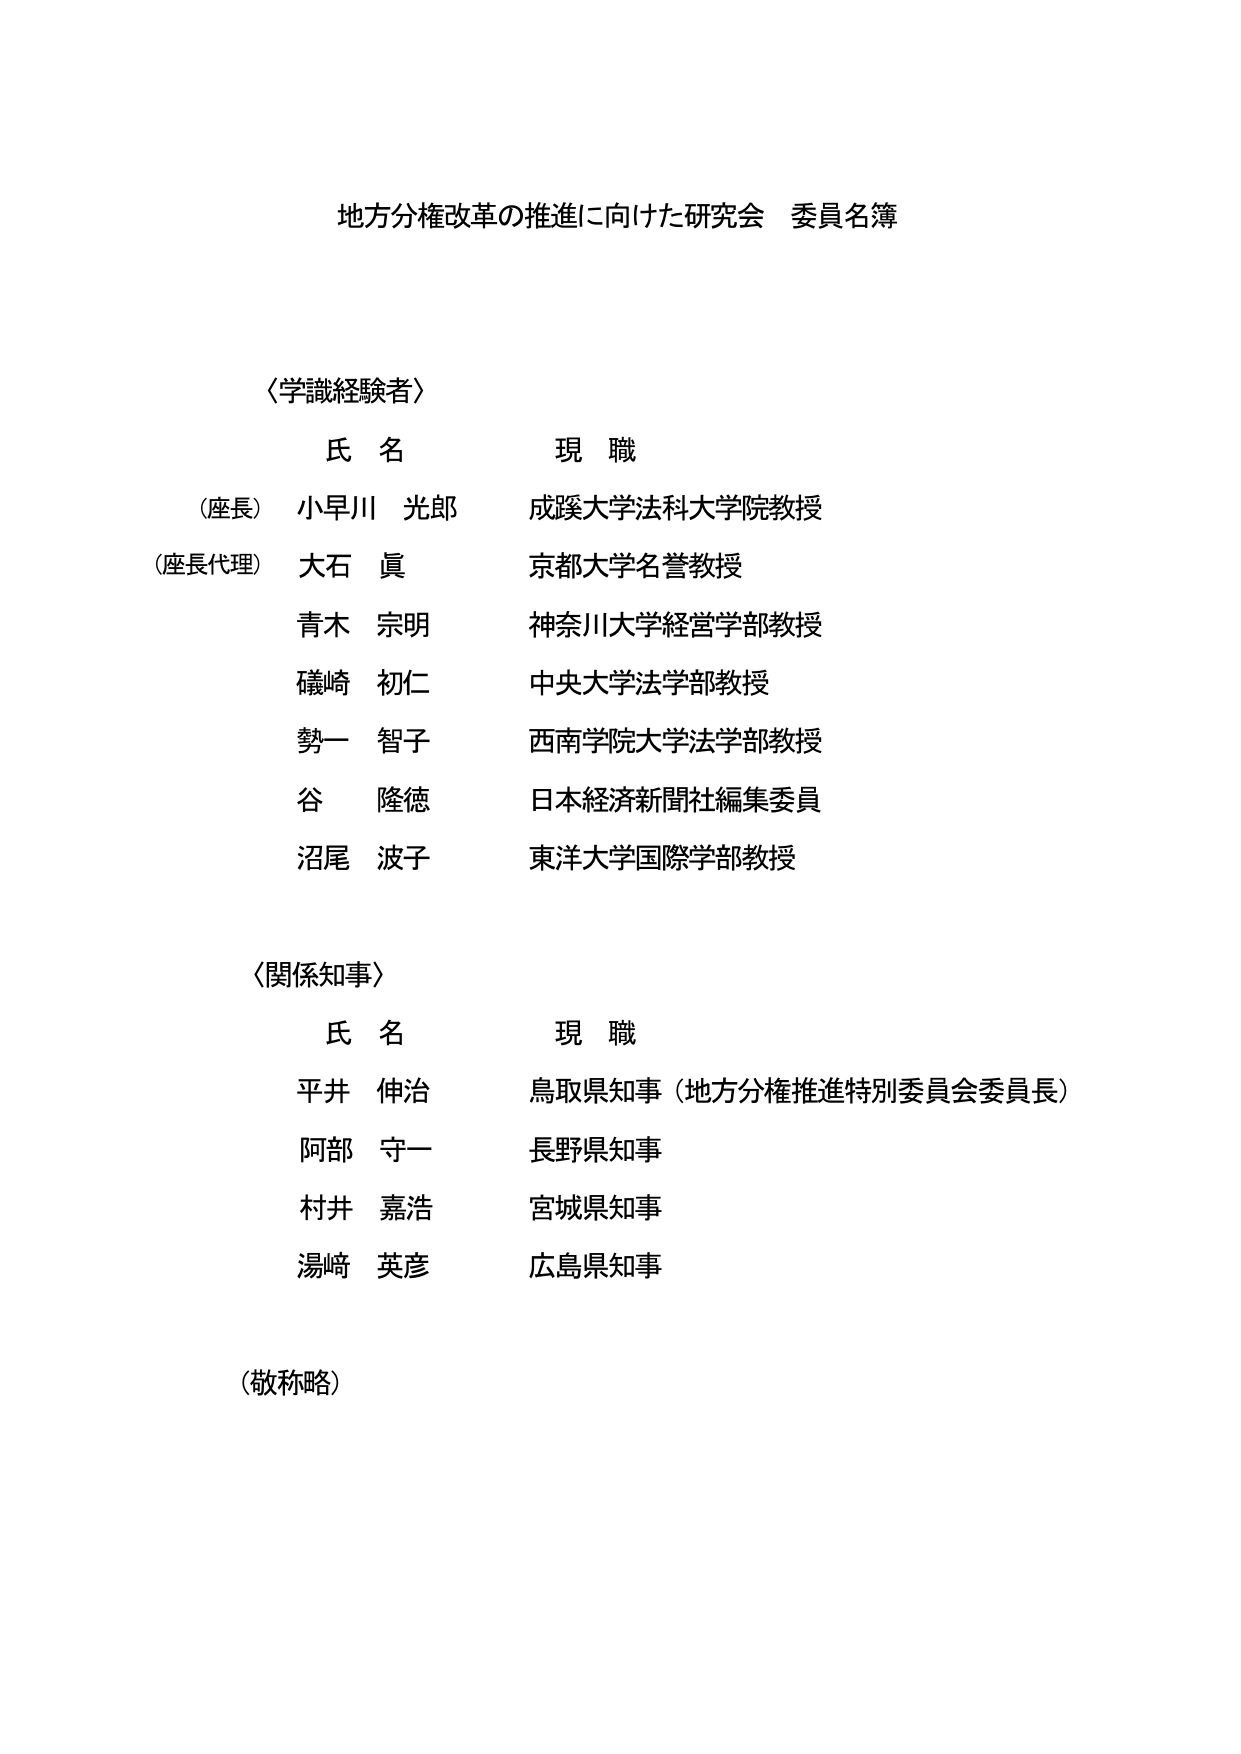
地方分権改革の推進に向けた研究会 委員名簿

〈学識経験者〉
氏 名　　　　　現 職
（座長） 小早川 光郎　成蹊大学法科大学院教授
（座長代理） 大石 眞　京都大学名誉教授
　　　　　青木 宗明　神奈川大学経営学部教授
　　　　　礒崎 初仁　中央大学法学部教授
　　　　　勢一 智子　西南学院大学法学部教授
　　　　　谷 隆徳　日本経済新聞社編集委員
　　　　　沼尾 波子　東洋大学国際学部教授

〈関係知事〉
氏 名　　　　　現 職
　　　　　平井 伸治　鳥取県知事（地方分権推進特別委員会委員長）
　　　　　阿部 守一　長野県知事
　　　　　村井 嘉浩　宮城県知事
　　　　　湯崎 英彦　広島県知事

（敬称略）